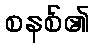
စနစ်၏